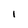
Character: I